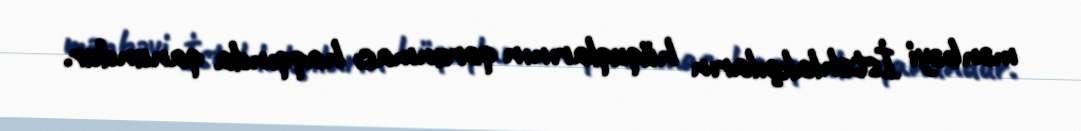
mənbəyi İstehlakçıların hüquqlarının qorunması haqqında qanundur.